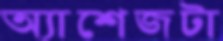
অ্যাশেজটা